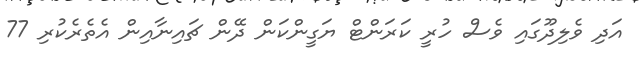
އަދި ވެލިދޫގައި ވެސް ހުރީ ކަރަންޓް ޔަގީންކަން ދޭން ޗައިނާއިން އެތެރެކުރި 77